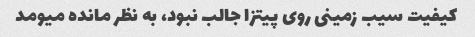
کیفیت سیب زمینی روی پیتزا جالب نبود، به نظر مانده میومد